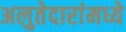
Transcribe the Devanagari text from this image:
अलुतेदारांमध्ये